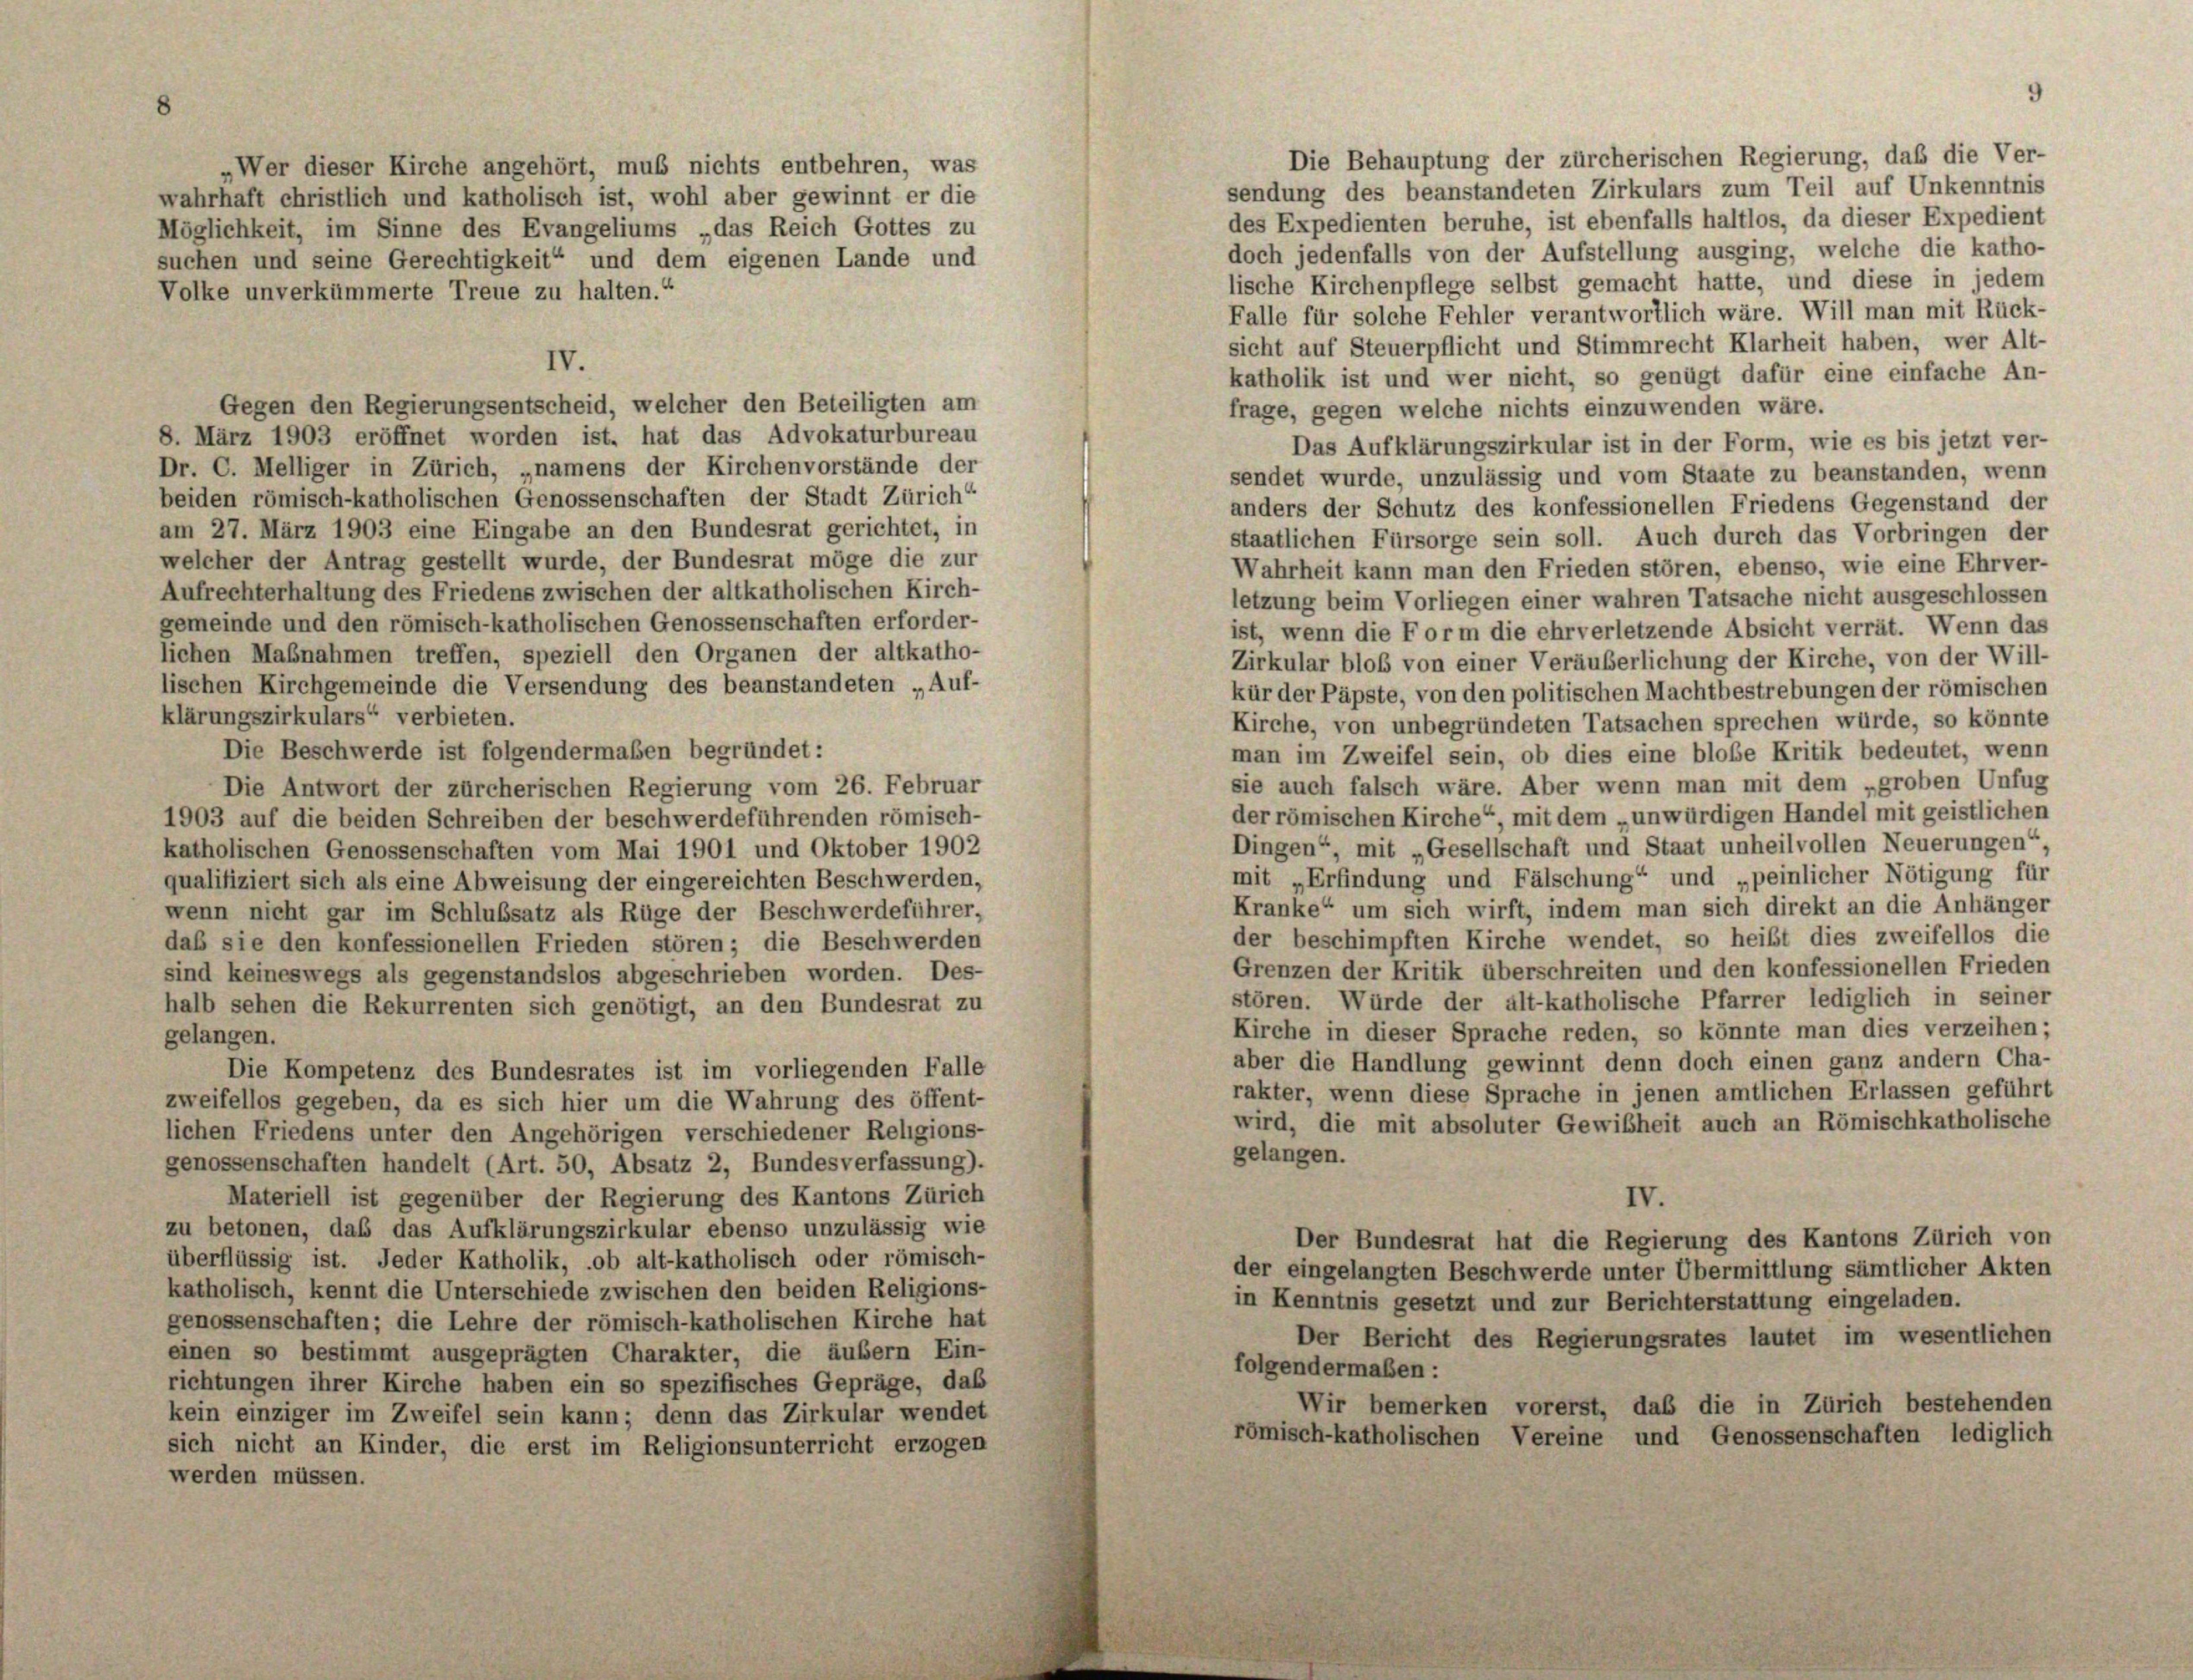
lische Kirchenpflege selbst gemacht hatte, und diese in jedem
Falle für solche Fehler verantwortlich wäre. Will man mit Rück-
sicht auf Steuerpflicht und Stimmrecht Klarheit haben, wer Alt-
IV.
Gegen den Regierungsentscheid, welcher den Beteiligten am
8. März 1903 eröffnet worden ist, hat das Advokaturbureau
Dr. C. Melliger in Zürich, „namens der Kirchenvorstände der
beiden römisch-katholischen Genossenschaften der Stadt Zürich
am 27. März 1903 eine Eingabe an den Bundesrat gerichtet, in
welcher der Antrag gestellt wurde, der Bundesrat möge die zur
Aufrechterhaltung des Friedens zwischen der altkatholischen Kirch-
gemeinde und den römisch-katholischen Genossenschaften erforder-
ist, wenn die Form die ehrverletzende Absicht verrät. Wenn das
lichen Maßnahmen treffen, speziell den Organen der altkatho-
Zirkular bloß von einer Veräuberlichung der Kirche, von der Will
lischen Kirchgemeinde die Versendung des beanstandeten „Auf-
kür der Päpste, von den politischen Machtbestrebungen der römischen
klärungszirkulars“ verbieten.
Kirche, von unbegründeten Tatsachen sprechen würde, so könnte
Die Beschwerde ist folgendermaßen begründet:
man im Zweifel sein, ob dies eine bloße Kritik bedeutet, wenn
sie auch falsch wäre. Aber wenn man mit dem „groben Unfug
Die Antwort der zürcherischen Regierung vom 26. Februar
der römischen Kirche“, mit dem „unwürdigen Handel mit geistlichen
1903 auf die beiden Schreiben der beschwerdeführenden römisch-
Dingen“, mit „Gesellschaft und Staat unheilvollen Neuerungen“
katholischen Genossenschaften vom Mai 1901 und Oktober 1902
mit „Erfindung und Fälschung“ und „peinlicher Nötigung für
qualifiziert sich als eine Abweisung der eingereichten Beschwerden,
Kranke“ um sich wirft, indem man sich direkt an die Anhänger
wenn nicht gar im Schlußsatz als Rüge der Beschwerdeführer,
der beschimpften Kirche wendet, so heißt dies zweifellos die
daß sie den konfessionellen Frieden stören; die Beschwerden
Grenzen der Kritik überschreiten und den konfessionellen Frieden
sind keineswegs als gegenstandslos abgeschrieben worden. Des-
stören. Würde der alt-katholische Pfarrer lediglich in seiner
halb sehen die Rekurrenten sich genötigt, an den Bundesrat zu
Kirche in dieser Sprache reden, so könnte man dies verzeihen;
gelangen.
aber die Handlung gewinnt denn doch einen ganz andern Cha-
Die Kompetenz des Bundesrates ist im vorliegenden Falle
rakter, wenn diese Sprache in jenen amtlichen Erlassen geführt
zweifellos gegeben, da es sich hier um die Wahrung des öffent-
wird, die mit absoluter Gewißheit auch an Römischkatholische
lichen Friedens unter den Angehörigen verschiedener Religions-
gelangen.
genossenschaften handelt (Art. 50, Absatz 2, Bundesverfassung).
Materiell ist gegenüber der Regierung des Kantons Zürich
IV.
zu betonen, daß das Aufklärungszirkular ebenso unzulässig wie
Der Bundesrat hat die Regierung des Kantons Zürich von
überflüssig ist. Jeder Katholik, ob alt-katholisch oder römisch-
der eingelangten Beschwerde unter Übermittlung sämtlicher Akten
katholisch, kennt die Unterschiede zwischen den beiden Religions-
in Kenntnis gesetzt und zur Berichterstattung eingeladen.
genossenschaften; die Lehre der römisch-katholischen Kirche hat
Der Bericht des Regierungsrates lautet im wesentlichen
einen so bestimmt ausgeprägten Charakter, die äubern Ein-
folgendermaßen:
richtungen ihrer Kirche haben ein so spezifisches Gepräge, das
Wir bemerken vorerst, daß die in Zürich bestehenden
kein einziger im Zweifel sein kann; denn das Zirkular wendet
römisch-katholischen Vereine und Genossenschaften lediglich
sich nicht an Kinder, die erst im Religionsunterricht erzogen
werden müssen.

Volke unverkümmerte Treue zu halten.“

Wer dieser Kirche angehört, muß nichts entbehren, was
wahrhaft christlich und katholisch ist, wohl aber gewinnt er die
Möglichkeit, im Sinne des Evangeliums „das Reich Gottes zu
suchen und seine Gerechtigkeit“ und dem eigenen Lande und

Die Behauptung der zürcherischen Regierung, daß die Ver-
sendung des beanstandeten Zirkulars zum Teil auf Unkenntnis
des Expedienten beruhe, ist ebenfalls haltlos, da dieser Expedient
doch jedenfalls von der Aufstellung ausging, welche die katho-

katholik ist und wer nicht, so genügt dafür eine einfache An-
frage, gegen welche nichts einzuwenden wäre.
Das Aufklärungszirkular ist in der Form, wie es bis jetzt ver-
sendet wurde, unzulässig und vom Staate zu beanstanden, wenn
anders der Schutz des konfessionellen Friedens Gegenstand der
staatlichen Fürsorge sein soll. Auch durch das Vorbringen der
Wahrheit kann man den Frieden stören, ebenso, wie eine Ehrver-
letzung beim Vorliegen einer wahren Tatsache nicht ausgeschlossen